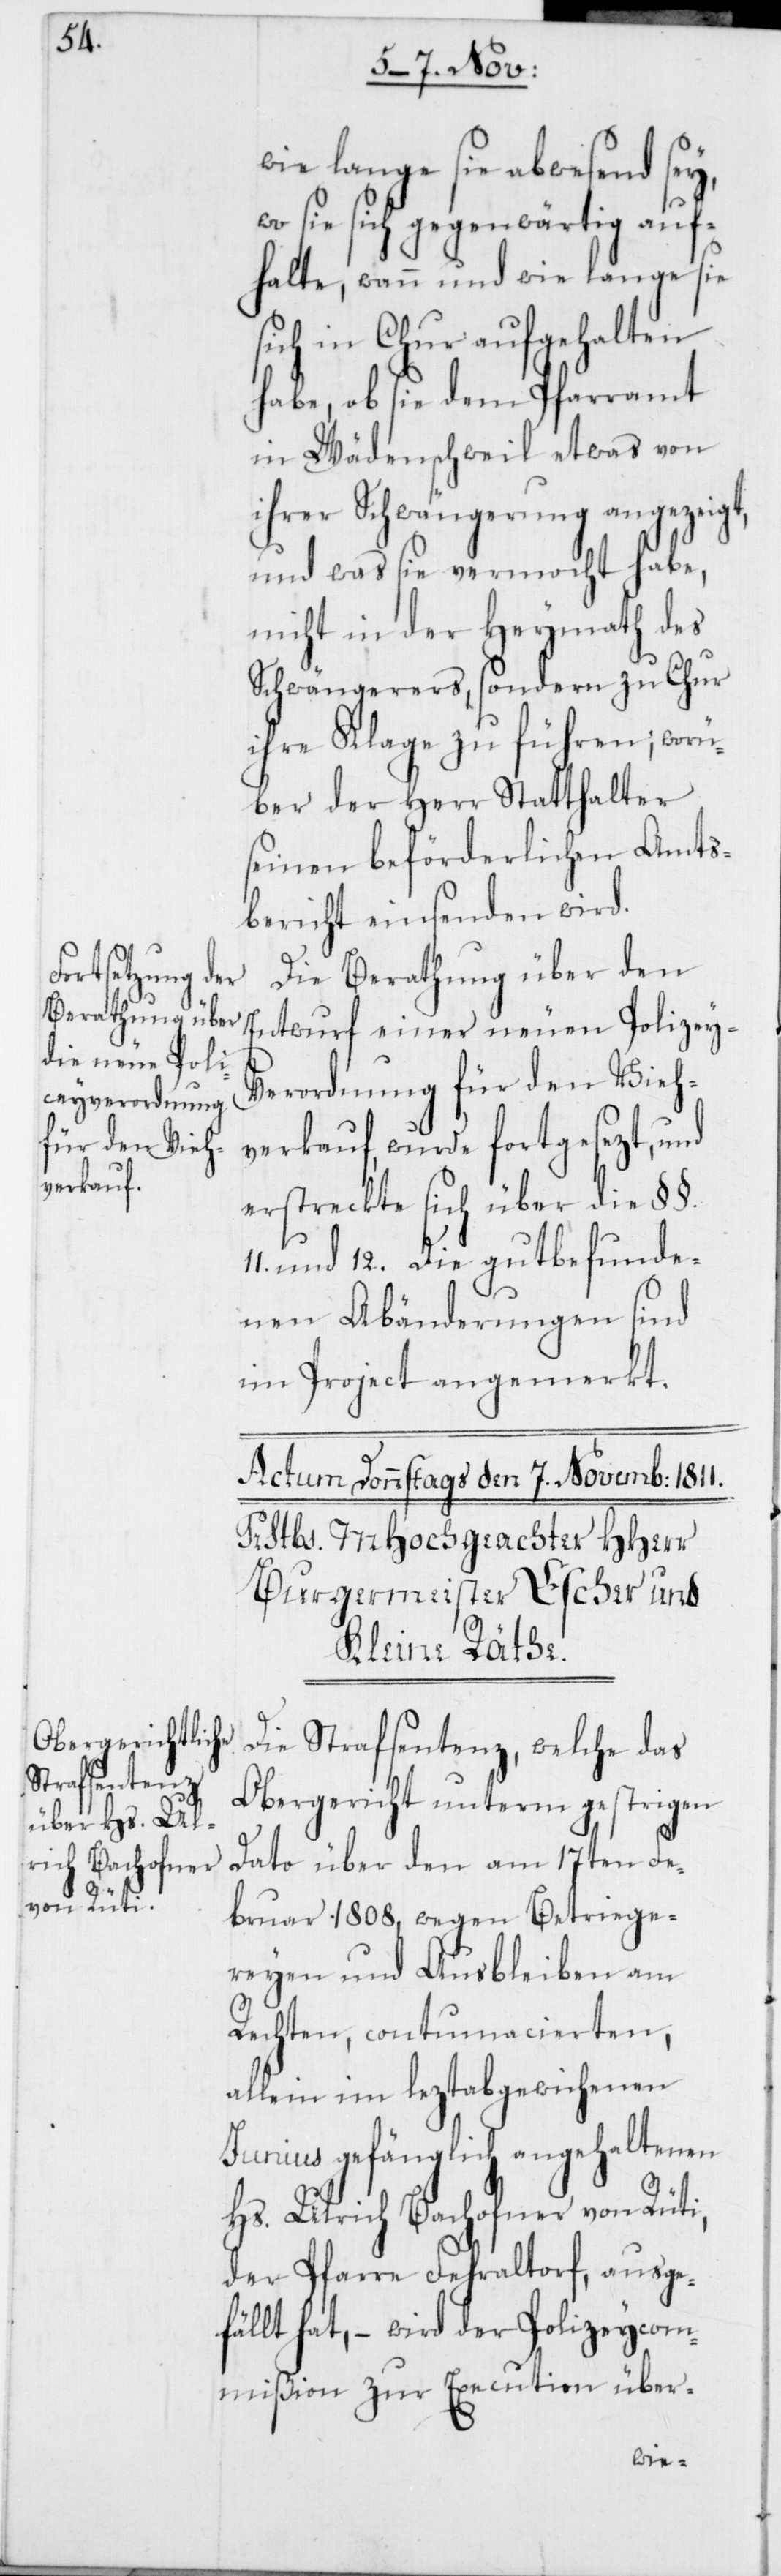
wie lange sie abwesend sey,
wo sie sich gegenwärtig auf¬
halte, wann und wie lange sie
sich in Chur aufgehalten
habe, ob sie dem Pfarramt
in Wädenschweil etwas von
ihrer Schwängerung angezeigt,
und was sie vermocht habe,
nicht in der Heymath des
Schwängerers sondern zu Chur
ihre Klage zu führen; worü¬
ber der Herr Statthalter
seinen beförderlichen Amts¬
bericht einsenden wird.
Die Berathung über den
Entwurf einer neuen Polizey-V¬
erordnung für den Vieh¬
verkauf, wurde fortgesezt, und
erstreckte sich über die §§.
und 12. Die gutbefunde¬
nen Abänderungen sind
im Project angemerkt.
Die Strafsentenz, welche das
Obergericht unterm gestrigen
Dato über den am 17ten Fe¬
bruar 1808, wegen Betriege¬
reyen und Ausbleiben am
Rechten, contumacierten,
allein im leztabgewichenen
Junius gefänglich angehaltenen
Hs. Ulrich Bachofner von Rüti,
der Pfarre Fehraltorf, ausge¬
fällt hat, – wird der Polizeycom¬
mißion zur Execution über-